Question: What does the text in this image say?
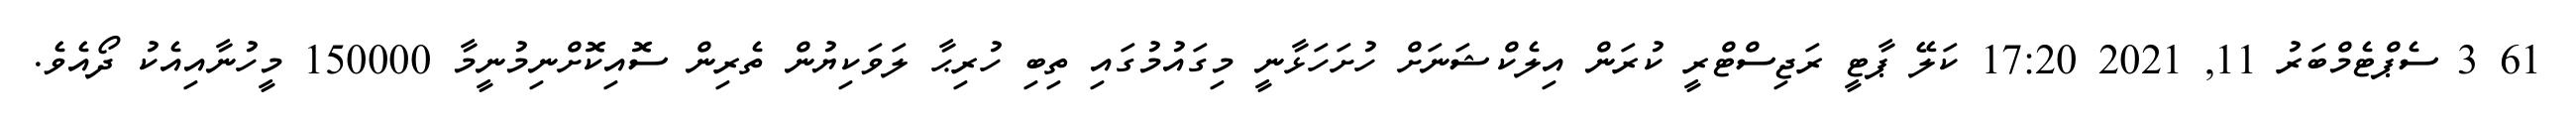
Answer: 61 3 ސެޕްޓެމްބަރު 11, 2021 17:20 ކަލޭ ޕާޓީ ރަޖިސްޓްރީ ކުރަން އިލެކްޝަނަށް ހުށަހަޅާނީ މިގައުމުގައި ތިބި ހުރިޙާ ލަވަކިޔުން ތެރިން ސޮއިކޮށްނިމުނީމާ 150000 މީހުނާއިއެކު ދޯއެވެ.